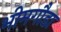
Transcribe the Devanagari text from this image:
भीमगौडा